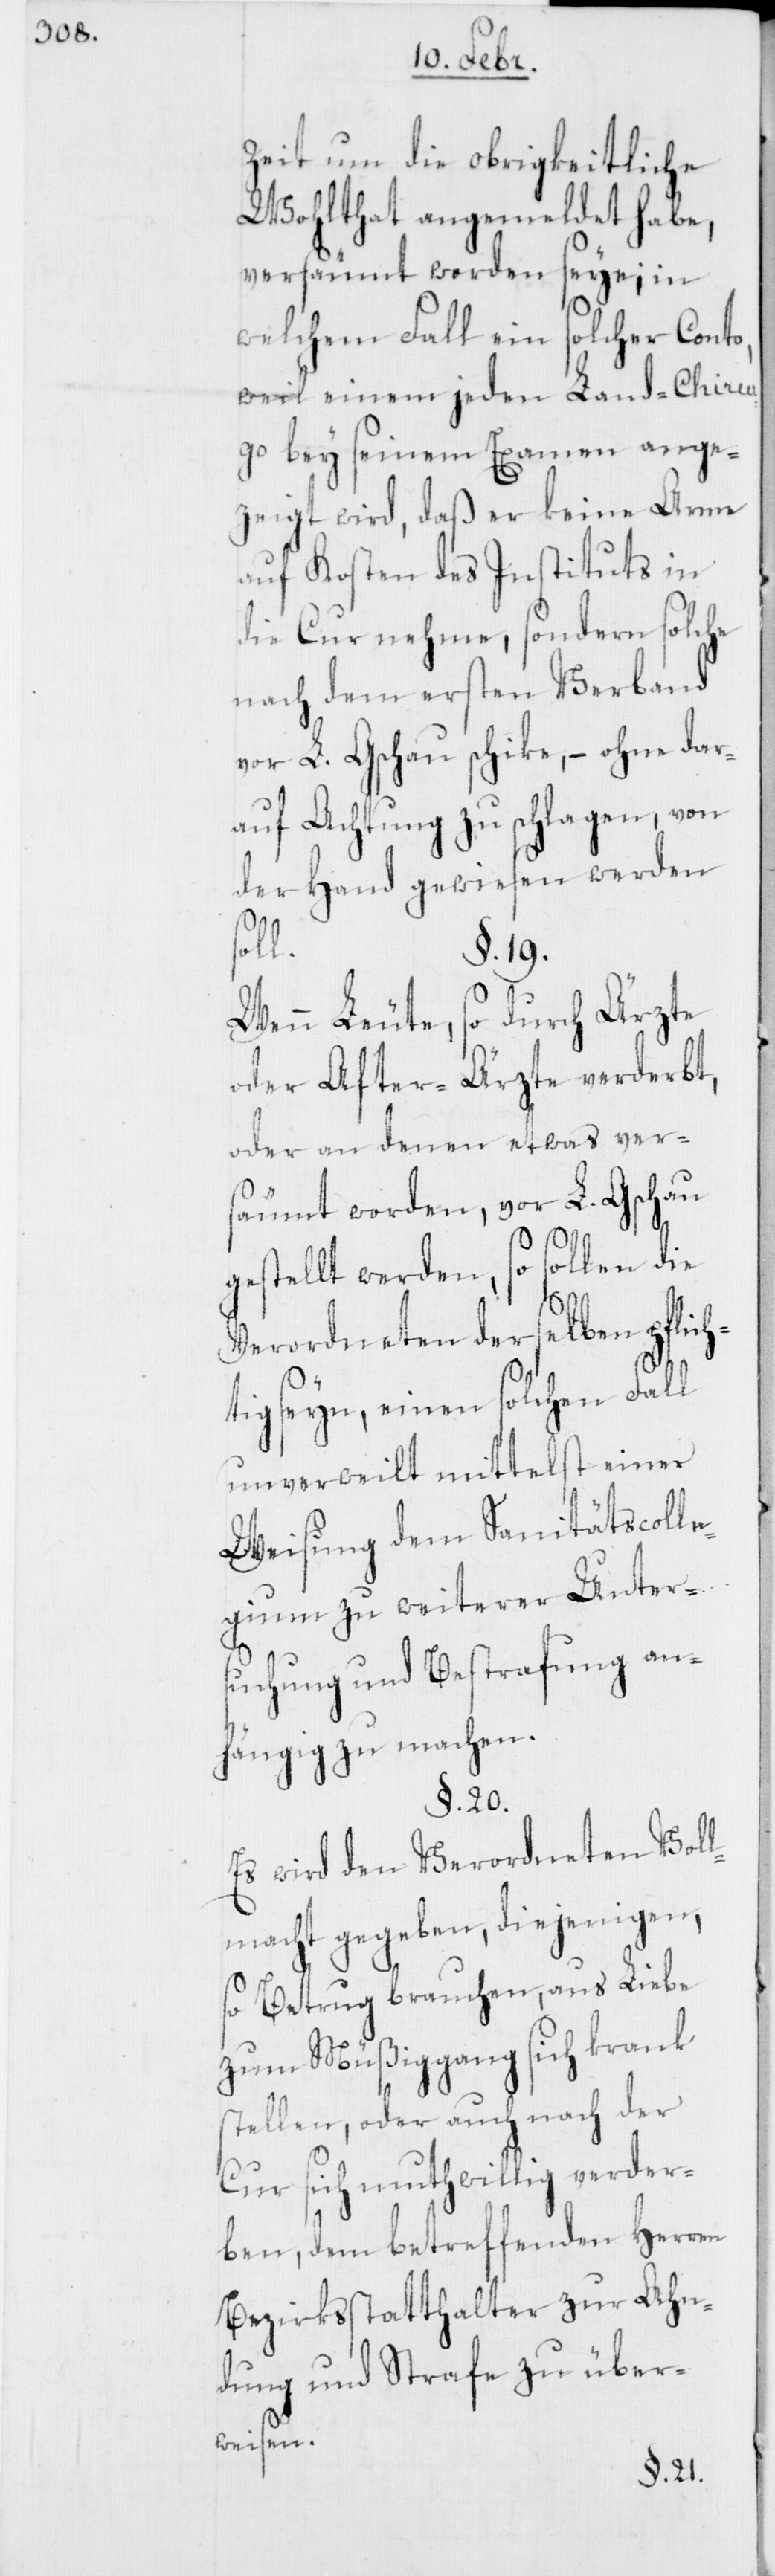
Zeit um die obrigkeitliche
Wohlthat angemeldet habe,
versäumt worden seye; in
welchem Fall ein solcher Cont¬
weil einem jeden Land-Chirur¬
go bey seinem Examen ange¬
zeigt wird, daß er keine Arme
auf Kosten des Instituts in
die Cur nehme, sondern solche
nach dem ersten Verband
vor L. Gschau schike, – ohne dar¬
auf Achtung zu schlagen, von
der Hand gewiesen werden
h¬
§. 19.
Wenn Leute, so durch Ärzte
oder After-Ärzte verderbt,
oder an denen etwas ver¬
säumt worden, vor L. Gschau
gestellt werden, so sollen die
Verordneten derselben pflic¬
tig seyn, einen solchen Fall
unverweilt mittelst einer
Weisung dem Sanitätscoll¬
egium zu weiterer Unter¬
suchung und Bestrafung an¬
hängig zu machen.
§. 20.
Es wird den Verordneten Voll¬
macht gegeben, diejenigen,
so Betrug brauchen, aus Liebe
zum Müßiggang sich krank
stellen, oder auch nach der
Cur sich muthwillig verder¬
ben, dem betreffenden Herren
Bezirksstatthalter zur Ahn¬
dung und Strafe zu über¬
weisen.